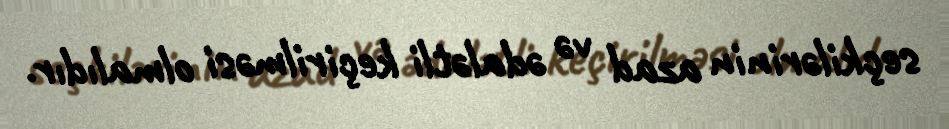
seçkilərinin azad və ədalətli keçirilməsi olmalıdır.